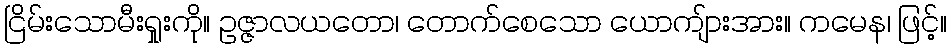
ငြိမ်းသောမီးရှုးကို။ ဥဇ္ဇာလယတော၊ တောက်စေသော ယောကျ်ားအား။ ကမေန၊ ဖြင့်။